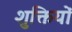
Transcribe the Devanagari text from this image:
शुक्तियों